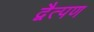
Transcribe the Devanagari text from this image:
द्वैत्पण